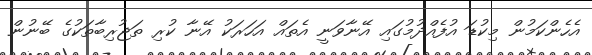
އެހެންކަމުން މިކުޑަ އުފެއްދުމުގައި އޭނާވަނީ އެތައް އަހަރަކު އޭނާ ކުރި ތަޖުރިބާތަކުގެ ބޭނުން